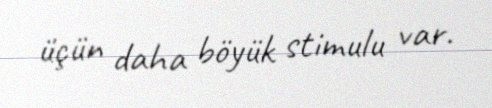
üçün daha böyük stimulu var.